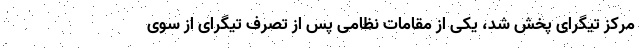
مرکز تیگرای پخش شد، یکی از مقامات نظامی پس از تصرف تیگرای از سوی